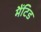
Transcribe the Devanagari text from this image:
मैंटिड